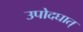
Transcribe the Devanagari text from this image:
उपोदघात्‌